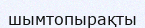
шымтопырақты